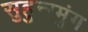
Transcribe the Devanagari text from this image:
सुहुन्ग्मुंग